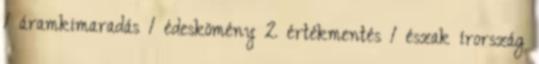
1 áramkimaradás 1 édeskömény 2 értékmentés 1 észak írország